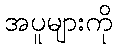
အပူများကို